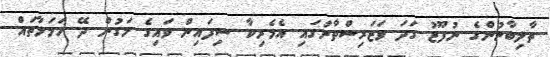
ތާލިބާނުންގެ ނުފޫޒު ގަދަ ވަޒަރިސްތާނުގައި އެމެރިކާ ސިފައިން ވައިގެ މަގުން ދޭ ހަމަލާތައް